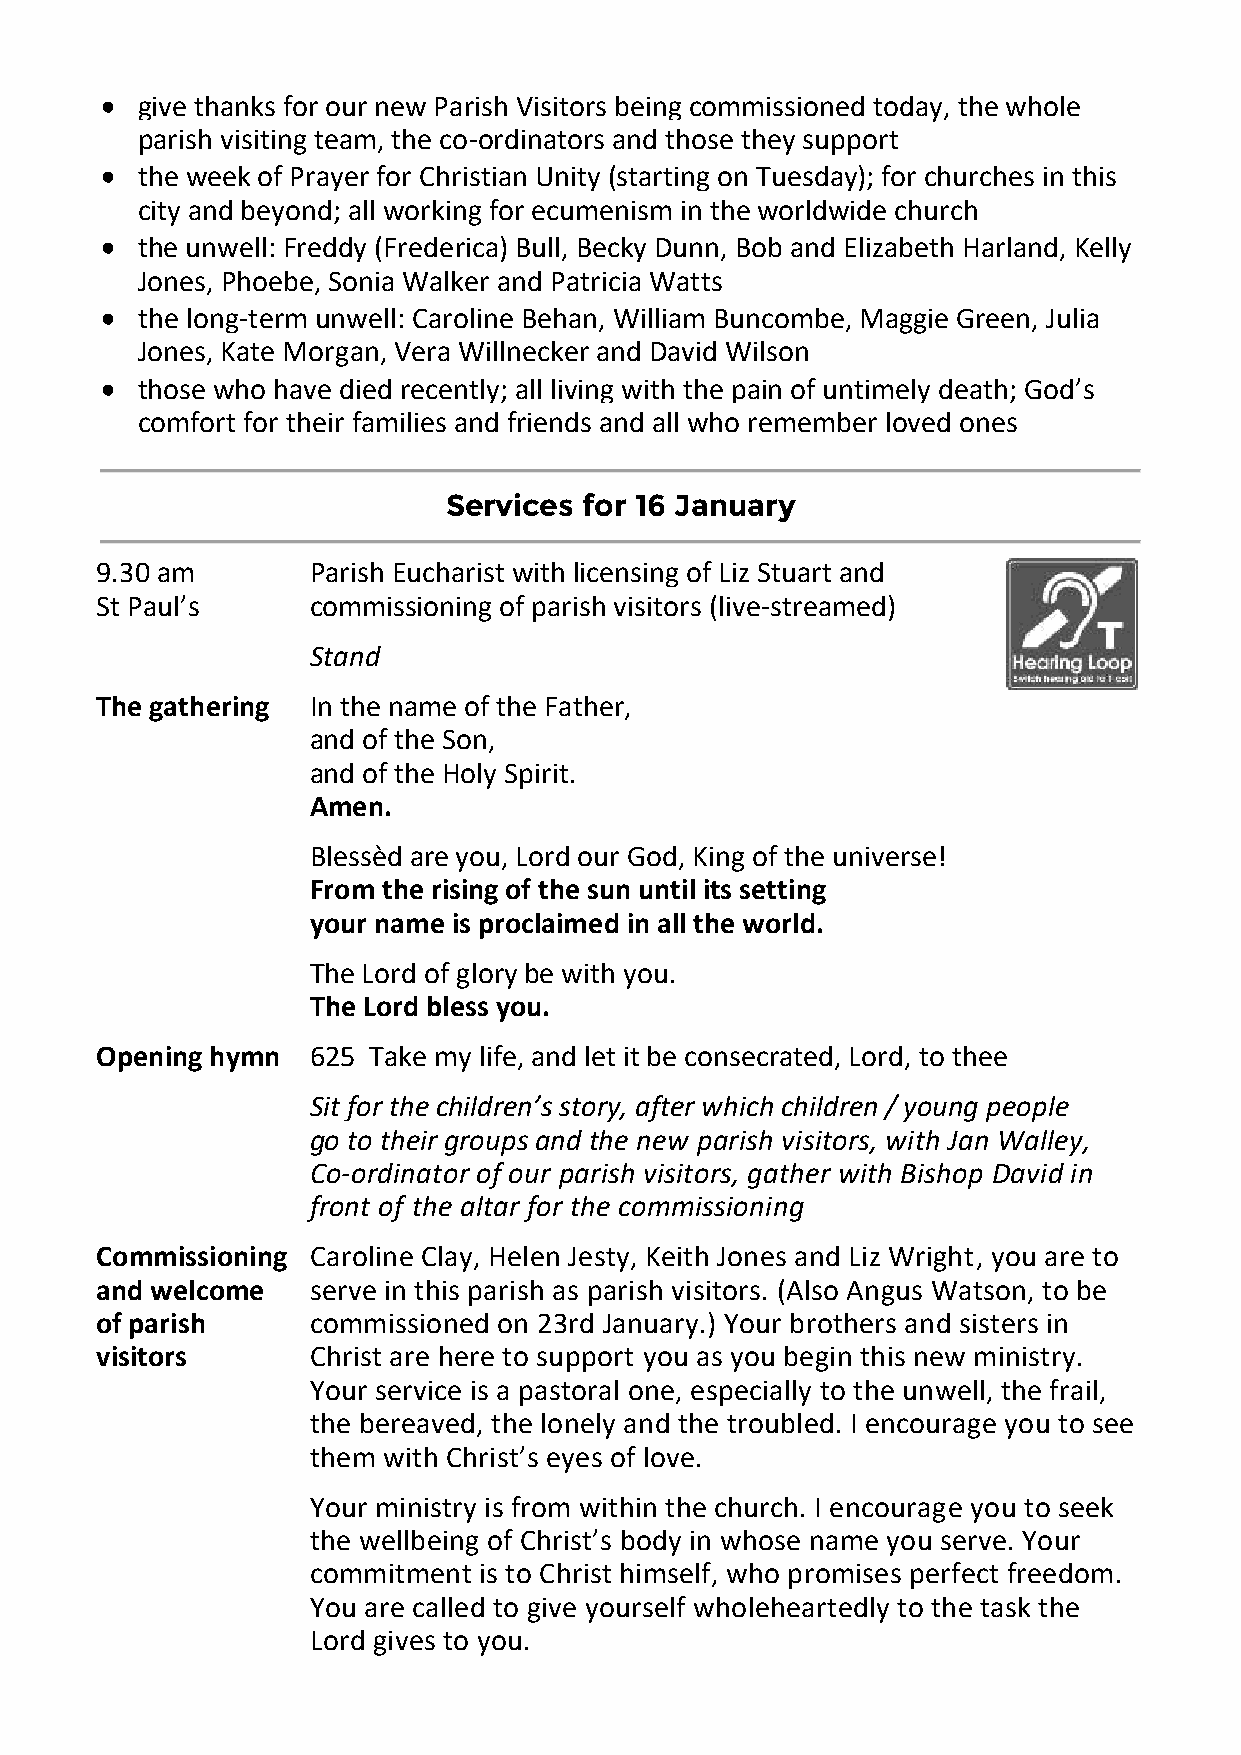
 give thanks for our new Parish Visitors being commissioned today, the whole
 parish visiting team, the co-ordinators and those they support
  the week of Prayer for Christian Unity (starting on Tuesday); for churches in this
 city and beyond; all working for ecumenism in the worldwide church
  the unwell: Freddy (Frederica) Bull, Becky Dunn, Bob and Elizabeth Harland, Kelly
 Jones, Phoebe, Sonia Walker and Patricia Watts
  the long-term unwell: Caroline Behan, William Buncombe, Maggie Green, Julia
 Jones, Kate Morgan, Vera Willnecker and David Wilson
  those who have died recently; all living with the pain of untimely death; God’s
 comfort for their families and friends and all who remember loved ones
 Services  for 16 January
 9.30 am       Parish Eucharist with licensing of Liz Stuart and
 St Paul’s     commissioning of parish visitors (live-streamed)
 Stand
 The gathering In the name of the Father,
 and of the Son,
 and of the Holy Spirit.
 Amen.
 Blessèd are you, Lord our God, King of the universe!
 From the rising of the sun until its setting
 your name is proclaimed in all the world.
 The Lord of glory be with you.
 The Lord bless you.
 Opening hymn  625 Take my life, and let it be consecrated, Lord, to thee
 Sit for the children’s story, after which children / young people
 go to their groups and the new parish visitors, with Jan Walley,
 Co-ordinator of our parish visitors, gather with Bishop David in
 front of the altar for the commissioning
 Commissioning Caroline Clay, Helen Jesty, Keith Jones and Liz Wright, you are to
 and welcome   serve in this parish as parish visitors. (Also Angus Watson, to be
 of parish     commissioned on 23rd January.) Your brothers and sisters in
 visitors      Christ are here to support you as you begin this new ministry.
 Your service is a pastoral one, especially to the unwell, the frail,
 the bereaved, the lonely and the troubled. I encourage you to see
 them with Christ’s eyes of love.
 Your ministry is from within the church. I encourage you to seek
 the wellbeing of Christ’s body in whose name you serve. Your
 commitment  is to Christ himself, who promises perfect freedom.
 You are called to give yourself wholeheartedly to the task the
 Lord gives to you.